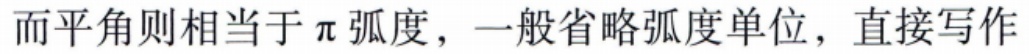
而平角则相当于$\pi$弧度，一般省略弧度单位，直接写作